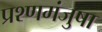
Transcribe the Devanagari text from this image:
प्रश्णमंजुषा